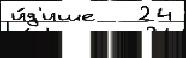
и́д'ише   24